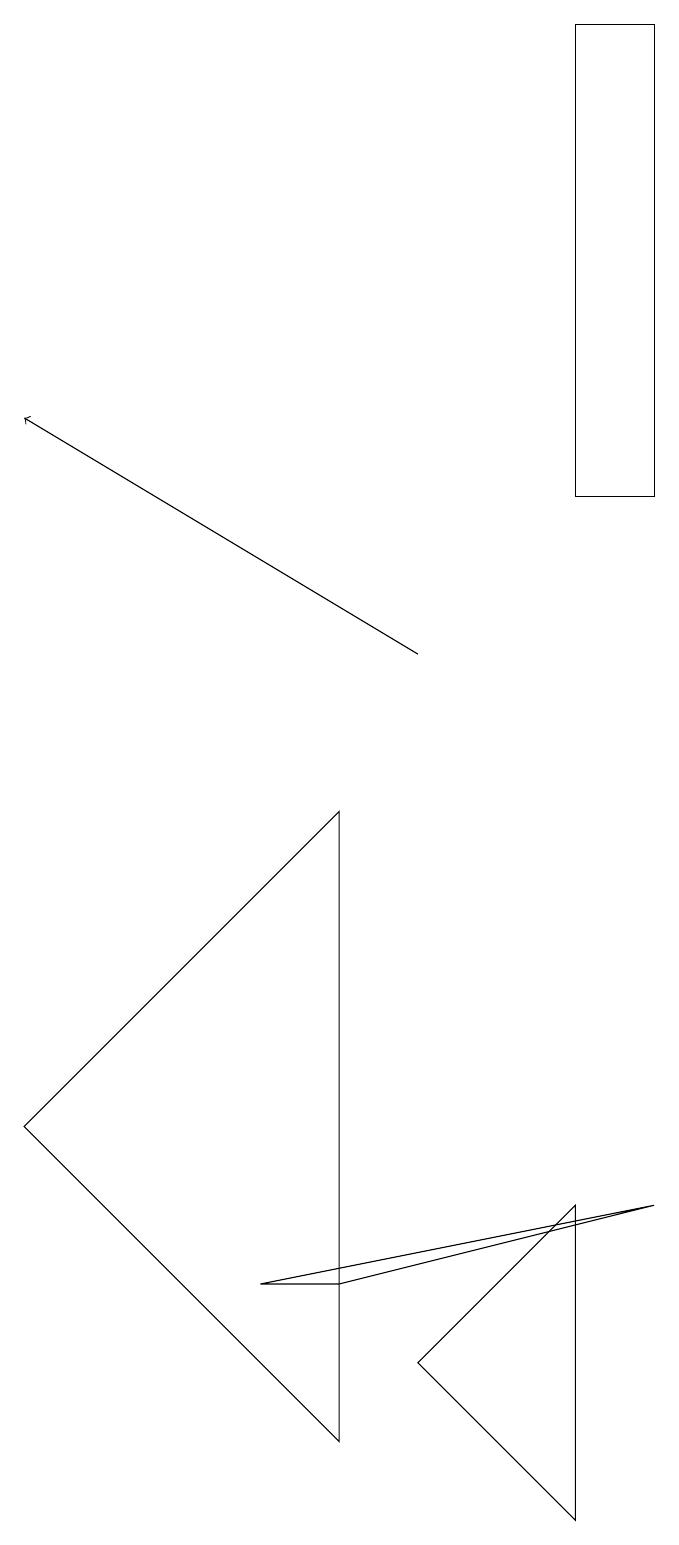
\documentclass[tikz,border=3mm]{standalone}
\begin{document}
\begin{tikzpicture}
\draw[->] (5,11) -- (0,14);
\draw (4,9) -- (4,1) -- (0,5) -- cycle;
\draw (8,4) -- (3,3) -- (4,3) -- cycle;
\draw (8,13) rectangle (7,19);
\draw (7,0) -- (7,4) -- (5,2) -- cycle;
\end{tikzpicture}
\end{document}